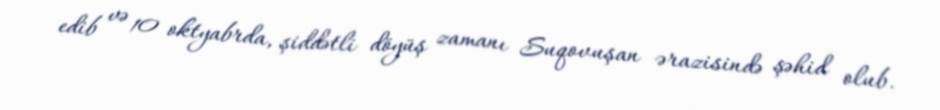
edib və 10 oktyabrda, şiddətli döyüş zamanı Suqovuşan ərazisində şəhid olub.